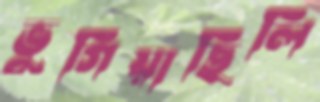
ভুগিয়াছিলি